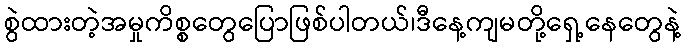
စွဲထားတဲ့အမှုကိစ္စတွေပြောဖြစ်ပါတယ်၊ဒီနေ့ကျမတို့ရှေ့နေတွေနဲ့